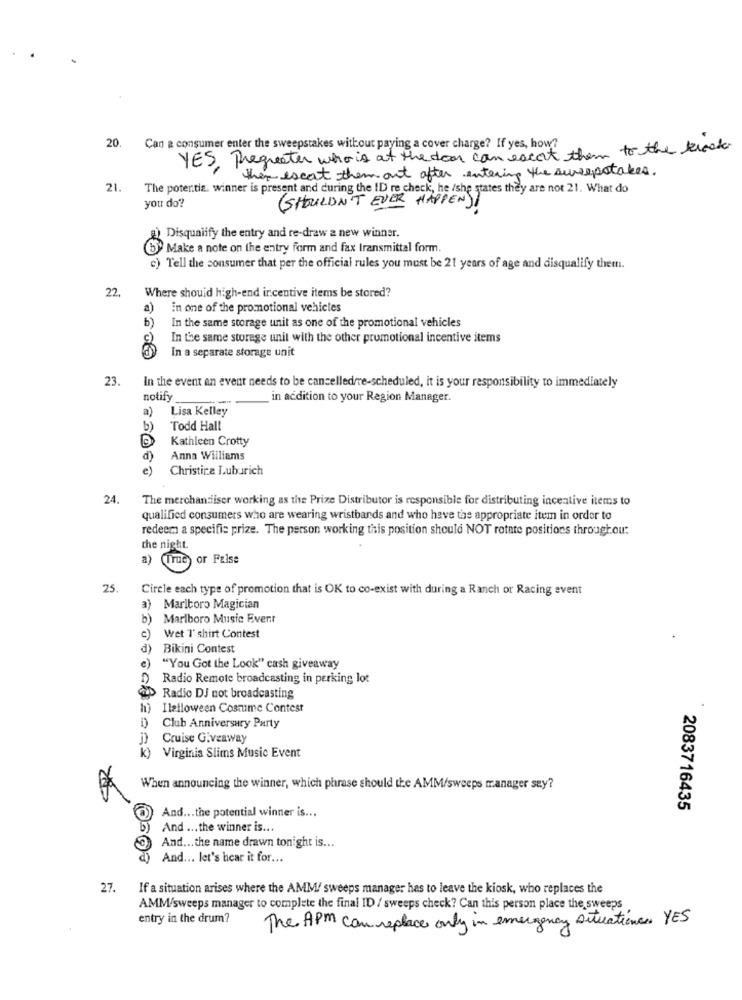
20
Can a consumer enter the sweepstakes without paying a cover charge? If yes, how?
YES, Thegreater who is at the door can excent them to the brook
they escat them out after entering the surepatates.
21.
The poter.tis. winner is present and during the ID re check, he /she states they are not 21. What do
(SHOULDN'T EVER HAPPEN))
you do?
Disqualify the entry and re-draw a new winner.
Make a note on the entry form and fax transmittal form.
c) Tell the consumer that per the official rules you must be 21 years of age and disqualify thetti.
22
Where should high-end incentive items be stored?
a)
in one of the promotional vehicles
b)
In the same storage unit as one of the promotional vehicles
In the same storage unit with the other promotional incentive items
In a separate storage unit
23.
In the event an event needs to be cancelledrre-scheduled, it is your responsibility to immediately
notify
in addition to your Region Manager.
Lisa Kelley
a)
b)
Todd Hall
Kathleen Crotty
d)
Anna Williams
e)
Christina Luburich
24.
The merchandiser working as the Prize Distributor is responsible for distributing incentive items to
qualified consumers who are wearing wristbands and who have the appropriate item in order to
redeem a specific prize. The person working this position should NOT rotate positions throughout
the night.
a)
(True or False
25
Circle each type of promotion that is OK to co-exist with during a Ranch or Racing event
a) Marlboro Magician
b)
Marlboro Music Event
c)
Wet T' shirt Contest
d)
Bikini Contest
"You Got the Look" cash giveaway
) Radio Remote broadcasting in parking lot
CD Radio DJ not broadcasting
Ilalloween Costume Contest
Club Anniversary Party
Cruise Giveaway
) Virginia Slims Music Event
When announcing the winner, which phrase should the AMM/sweeps manager sey?
2083716435
And ... the potential winner is ...
And ... the winner is ...
And ... the name drawn tonight is ...
And ... let's hear it for ...
27.
If a situation arises where the AMM! sweeps manager has to leave the kiosk, who replaces the
AMM/sweeps manager to complete the final ID / sweeps check? Can this person place the sweeps
entry in the drum?
The APM can replace only in emergency situations YES